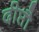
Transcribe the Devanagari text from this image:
दीप्तौ